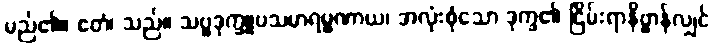
မည်၏။ ဧတံ၊ သည်။ သဗ္ဗဒုက္ခူပသမာရမ္မဏာယ၊ အလုံးစုံသော ဒုက္ခ၏ ငြိမ်းရာနိဗ္ဗာန်လျှင်